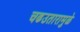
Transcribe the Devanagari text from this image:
चढउतारामुळे